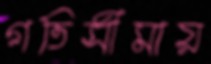
গতিসীমায়